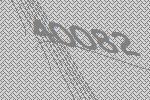
40082